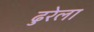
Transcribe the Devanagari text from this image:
ढुरेला